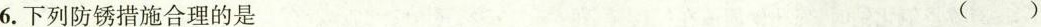
6.下列防锈措施合理的是 ()